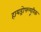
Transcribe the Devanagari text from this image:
हायड्रोफ्ल्यूरिक